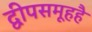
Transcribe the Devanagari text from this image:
द्वीपसमूहहै